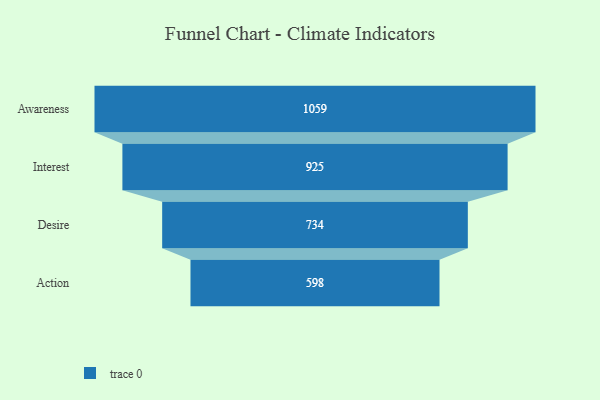
{"axis": {"x": "Stage", "y": "Value"}, "legend": [""], "data": [{"x": "Awareness", "y": 1059.0, "type": ""}, {"x": "Interest", "y": 925.0, "type": ""}, {"x": "Desire", "y": 734.0, "type": ""}, {"x": "Action", "y": 598.0, "type": ""}]}